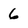
Character: 6